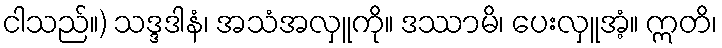
ငါသည်။) သဒ္ဒဒါနံ၊ အသံအလှူကို။ ဒဿာမိ၊ ပေးလှူအံ့။ ဣတိ၊